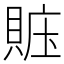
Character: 賘